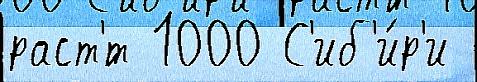
раст'́т 1000 С'иб'и́р'и